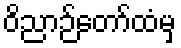
ဝိညာဉ်တော်ထံမှ